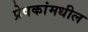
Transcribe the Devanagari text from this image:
प्रेषकांमधील